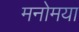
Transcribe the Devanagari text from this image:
मनोमया